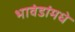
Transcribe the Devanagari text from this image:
भावंडांमधे